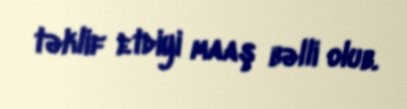
təklif etdiyi maaş bəlli olub.